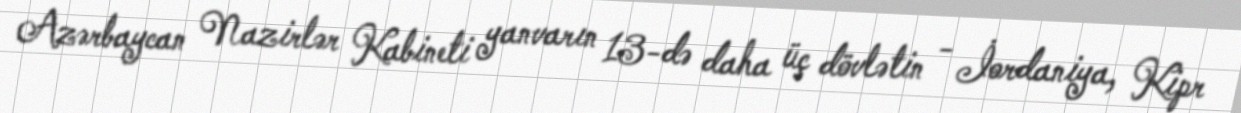
Azərbaycan Nazirlər Kabineti yanvarın 13-də daha üç dövlətin - İordaniya, Kipr